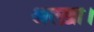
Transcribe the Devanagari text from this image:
अल्ख़ा।